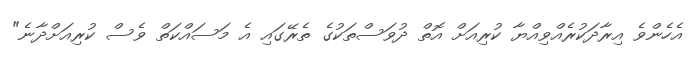
އެހެންވެ އިރާދަކުރެއްވިއްޔާ ކުރިއަށް އޮތް ދުވަސްތަކުގެ ތެރޭގައި އެ މަސައްކަތް ވެސް ކުރިއަށްދާނެ"